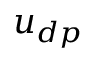
u _ { d p }